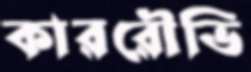
কাররৌভি